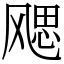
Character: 飔